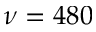
\nu = 4 8 0